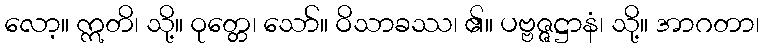
လော့။ ဣတိ၊ သို့။ ဝုတ္တေ၊ သော်။ ဝိသာခဿ၊ ၏။ ပဗ္ဗဇ္ဇဋ္ဌာနံ၊ သို့။ အာဂတာ၊